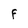
Character: F